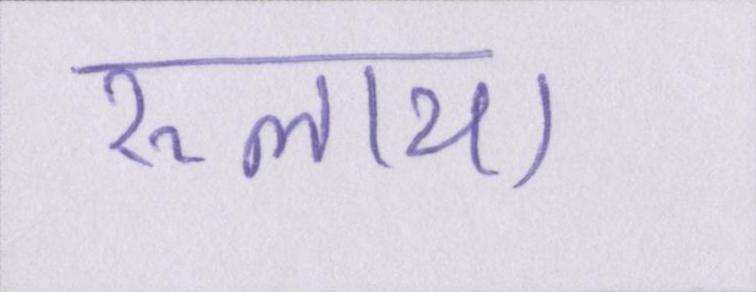
रुलाया